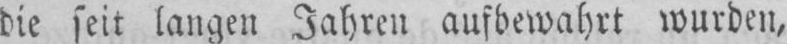
die seit langen Jahren aufbewahrt wurden,